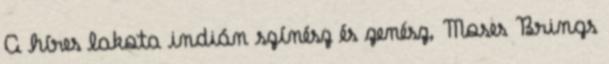
A híres lakota indián színész és zenész, Moses Brings